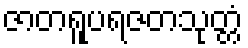
ဇာတရူပရဇတသုတ္တံ